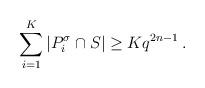
LaTeX: \begin{align*} \sum^{K}_{i=1}|P^{\sigma}_{i}\cap S|\geq Kq^{2n-1}\,. \end{align*}